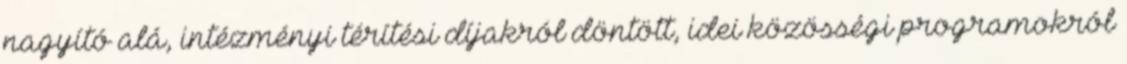
nagyító alá, intézményi térítési díjakról döntött, idei közösségi programokról